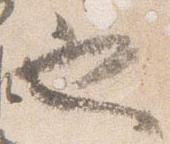
也